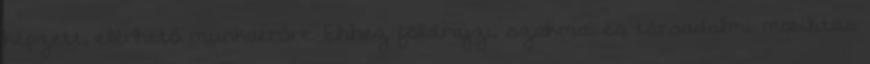
képzett, elérhető munkaerőre. Ehhez földrajzi, szakmai és társadalmi mobilitás